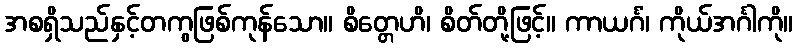
အစရှိသည်နှင့်တကွဖြစ်ကုန်သော။ စိတ္တေဟိ၊ စိတ်တို့ဖြင့်။ ကာယင်္ဂံ၊ ကိုယ်အင်္ဂါကို။